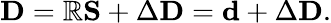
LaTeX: \mathbf{D}=\mathbb{R}\mathbf{S}+\Delta\mathbf{D}=\mathbf{d}+\Delta\mathbf{D}.